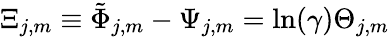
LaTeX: \Xi_{j,m}\equiv\tilde{\Phi}_{j,m}-\Psi_{j,m}=\ln(\gamma)\Theta_{j,m}